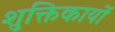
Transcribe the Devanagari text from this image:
शुक्तिकायों